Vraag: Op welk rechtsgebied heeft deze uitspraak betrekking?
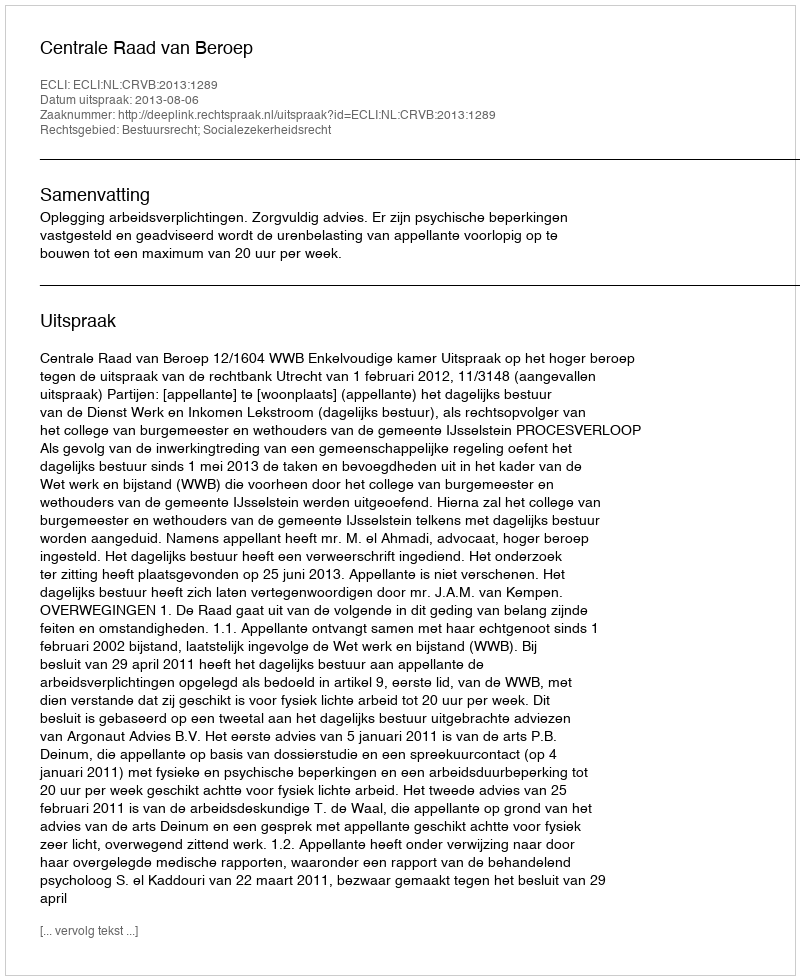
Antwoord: Bestuursrecht; Socialezekerheidsrecht